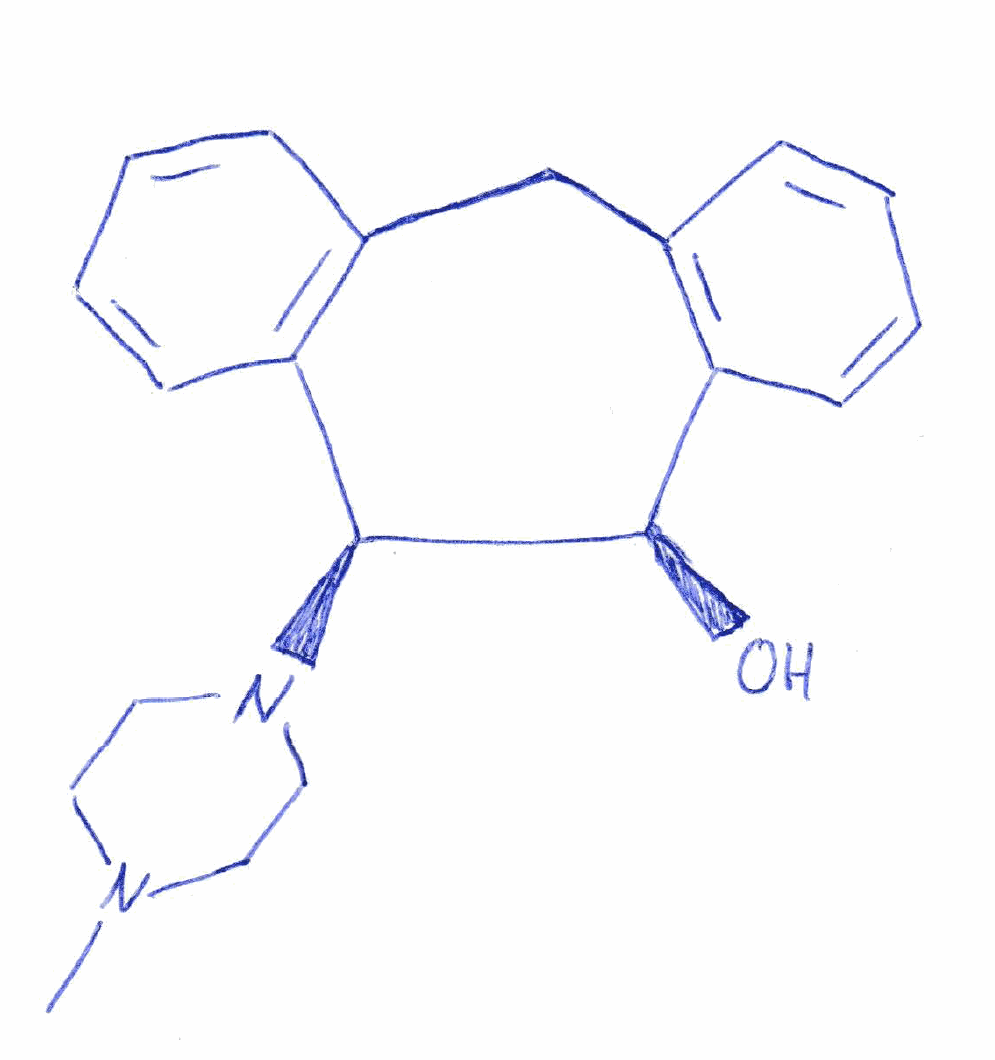
Simplified molecular-input line-entry system (SMILES) notation of the given molecule:
CN1CCN(CC1)[C@@H]2[C@@H](C3=CC=CC=C3CC4=CC=CC=C24)O